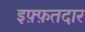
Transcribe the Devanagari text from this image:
इफ़्फ़तदार